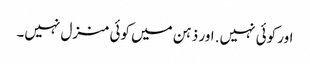
اور کوئی نہیں. اور ذہن میں کوئی منزل نہیں۔